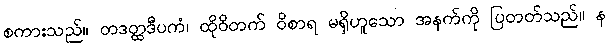
စကားသည်။ တဒတ္ထဒီပကံ၊ ထိုဝိတက် ဝိစာရ မရှိဟူသော အနက်ကို ပြတတ်သည်။ န